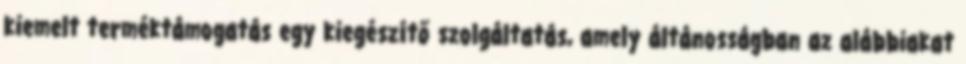
kiemelt terméktámogatás egy kiegészítő szolgáltatás, amely áltánosságban az alábbiakat